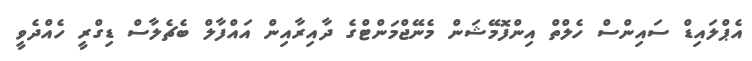
އެޕްލައިޑް ސައިންސް ހެލްތް އިންފޮމޭޝަން މެނޭޖްމަންޓްގެ ދާއިރާއިން އައްފާލް ބެޗެލާސް ޑިގްރީ ހެއްދެވީ